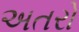
અતરો